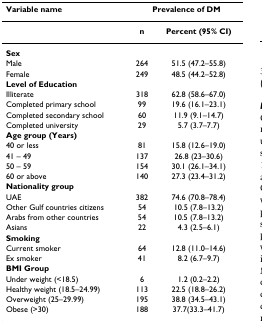
<table><thead><tr><td><b>Variable name</b></td><td colspan="2"><b>Prevalence of DM</b></td></tr></thead><tbody><tr><td></td><td><b>n</b></td><td><b>Percent (95% CI)</b></td></tr><tr><td><b>Sex</b></td><td></td><td></td></tr><tr><td>Male</td><td>264</td><td>51.5 (47.2–55.8)</td></tr><tr><td>Female</td><td>249</td><td>48.5 (44.2–52.8)</td></tr><tr><td><b>Level of Education</b></td><td></td><td></td></tr><tr><td>Illiterate</td><td>318</td><td>62.8 (58.6–67.0)</td></tr><tr><td>Completed primary school</td><td>99</td><td>19.6 (16.1–23.1)</td></tr><tr><td>Completed secondary school</td><td>60</td><td>11.9 (9.1–14.7)</td></tr><tr><td>Completed university</td><td>29</td><td>5.7 (3.7–7.7)</td></tr><tr><td><b>Age group (Years)</b></td><td></td><td></td></tr><tr><td>40 or less</td><td>81</td><td>15.8 (12.6–19.0)</td></tr><tr><td>41 – 49</td><td>137</td><td>26.8 (23–30.6)</td></tr><tr><td>50 – 59</td><td>154</td><td>30.1 (26.1–34.1)</td></tr><tr><td>60 or above</td><td>140</td><td>27.3 (23.4–31.2)</td></tr><tr><td><b>Nationality group</b></td><td></td><td></td></tr><tr><td>UAE</td><td>382</td><td>74.6 (70.8–78.4)</td></tr><tr><td>Other Gulf countries citizens</td><td>54</td><td>10.5 (7.8–13.2)</td></tr><tr><td>Arabs from other countries</td><td>54</td><td>10.5 (7.8–13.2)</td></tr><tr><td>Asians</td><td>22</td><td>4.3 (2.5–6.1)</td></tr><tr><td><b>Smoking</b></td><td></td><td></td></tr><tr><td>Current smoker</td><td>64</td><td>12.8 (11.0–14.6)</td></tr><tr><td>Ex smoker</td><td>41</td><td>8.2 (6.7–9.7)</td></tr><tr><td><b>BMI Group</b></td><td></td><td></td></tr><tr><td>Under weight (&lt;18.5)</td><td>6</td><td>1.2 (0.2–2.2)</td></tr><tr><td>Healthy weight (18.5–24.99)</td><td>113</td><td>22.5 (18.8–26.2)</td></tr><tr><td>Overweight (25–29.99)</td><td>195</td><td>38.8 (34.5–43.1)</td></tr><tr><td>Obese (&gt;30)</td><td>188</td><td>37.7(33.3–41.7)</td></tr></tbody></table>